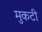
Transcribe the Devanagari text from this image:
मुकटी